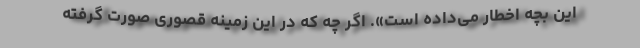
این بچه اخطار می‌داده است». اگر چه که در این زمینه قصوری صورت گرفته